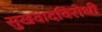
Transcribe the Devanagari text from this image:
सुखवादविरोधी